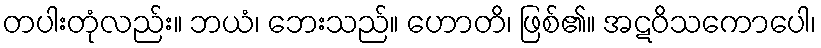
တပါးတုံလည်း။ ဘယံ၊ ဘေးသည်။ ဟောတိ၊ ဖြစ်၏။ အဋဝိသကောပေါ၊